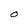
Character: O